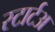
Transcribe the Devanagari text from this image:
स्टार्टअ